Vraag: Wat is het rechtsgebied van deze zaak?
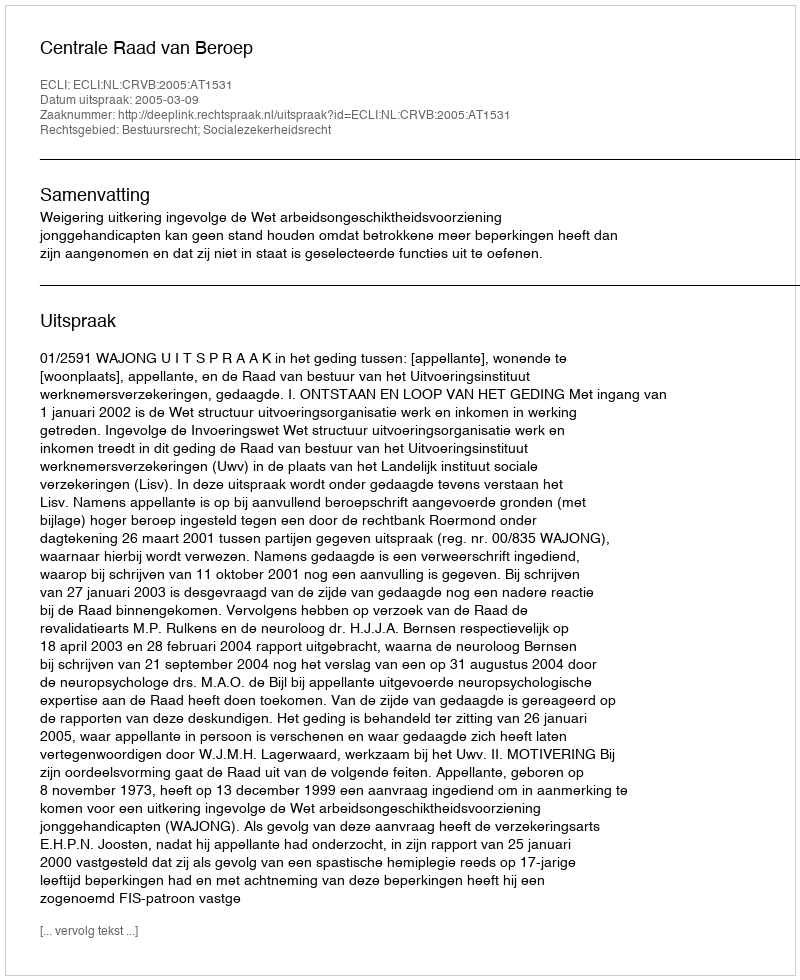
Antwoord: Bestuursrecht; Socialezekerheidsrecht